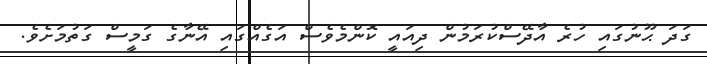
ގަދަ ޙޫނުގައި ހުރެ އާދޭސްކުރަމުން ދިއައީ ކޮންމެވެސް އަގެއްގައި އޭނާގެ ގަމީސް ގަތުމަށެވެ.